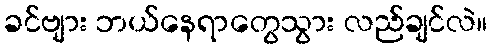
ခင်ဗျား ဘယ်နေရာတွေသွား လည်ချင်လဲ။